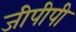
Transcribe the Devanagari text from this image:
जीपीपी